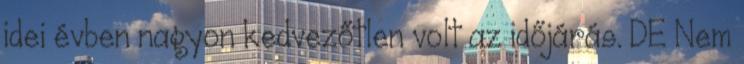
idei évben nagyon kedvezőtlen volt az időjárás. DE Nem